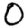
Digit: 0